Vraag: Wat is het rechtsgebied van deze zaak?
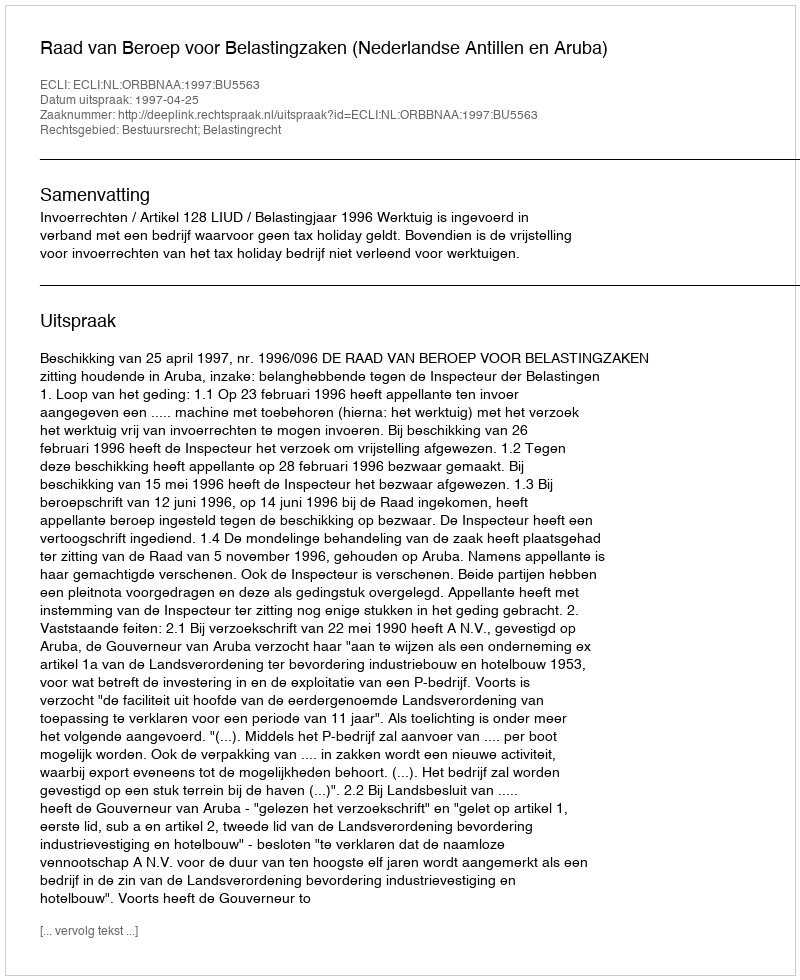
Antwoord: Bestuursrecht; Belastingrecht